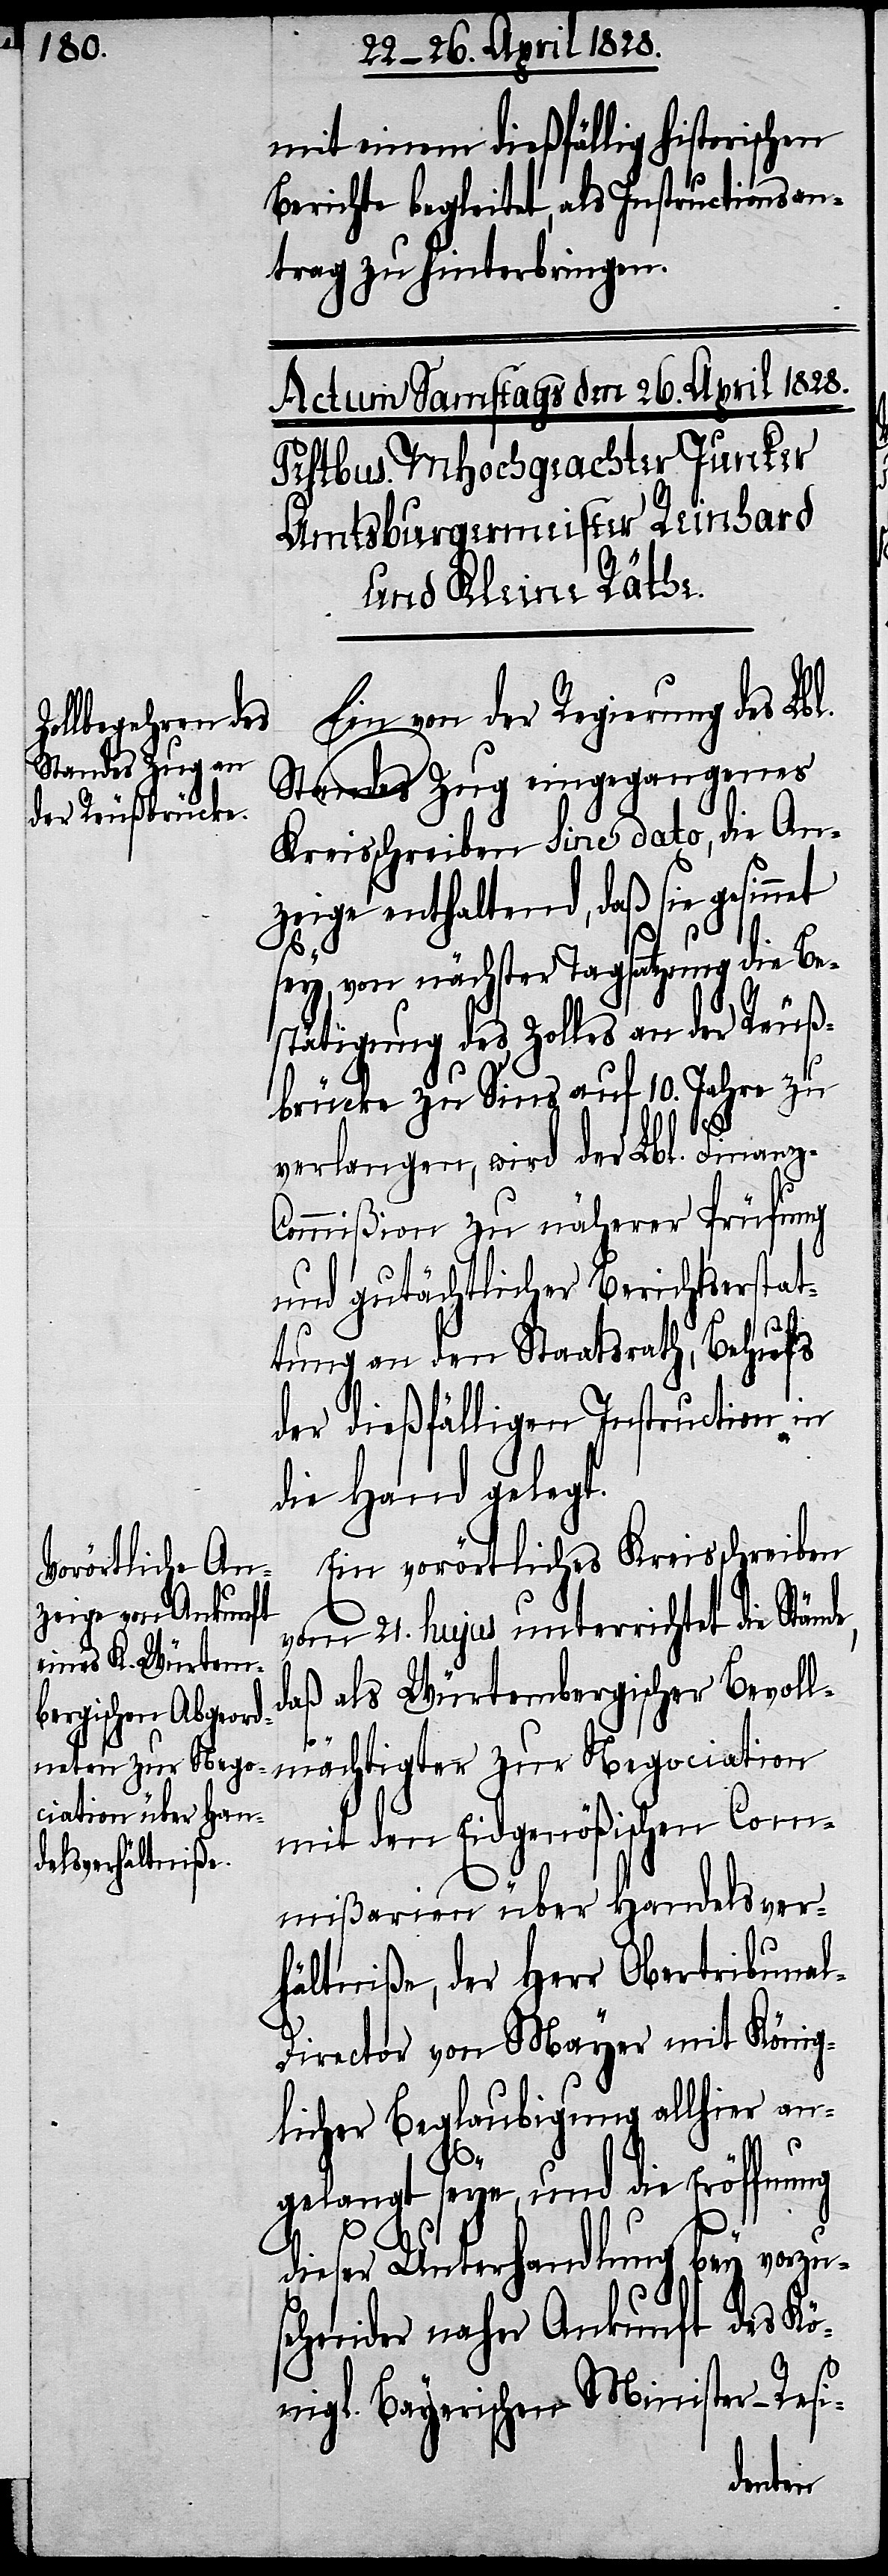
mit einem dießfällig historischen
Berichte begleitet, als Instructionsan¬
trag zu hinterbringen.
Ein von der Regierung des Lbl.
Standes Zug eingegangenes
Kreisschreiben sine dato, die An¬
zeige enthaltend, daß sie gesinn¬
sey, von nächster Tagsatzung die Be¬
stätigung des Zolles an der Reuß¬
brücke zu Sins auf 10. Jahre zu
verlangen, wird der Lbl. Finanz-C¬
ommißion zu näherer Prüfung
und gutächtlicher Berichtserstat¬
tung an den Staatsrath, Behufs
der dießfälligen Instruction in
die Hand gelegt.
Ein vorörtliches Kreisschreiben
vom 21. hujus unterrichtet die Ständ¬
daß als Würtembergischer Bevoll¬
l-D¬
mit den Eidgenößischen Com¬
mißarien über Handelsver¬
hältniße, der Herr Obertribuna¬
irector von Mayer mit König¬
licher Beglaubigung allhier an¬
gelangt seye, und die Eröffnu¬
ng
dieser Unterhandlung bey vorzu¬
sehender naher Ankunft des Kö¬
nigl. Bayerischen Minister-Resi-